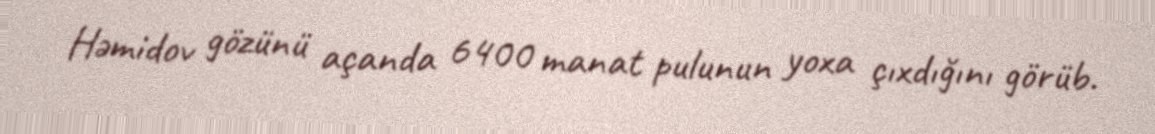
Həmidov gözünü açanda 6400 manat pulunun yoxa çıxdığını görüb.